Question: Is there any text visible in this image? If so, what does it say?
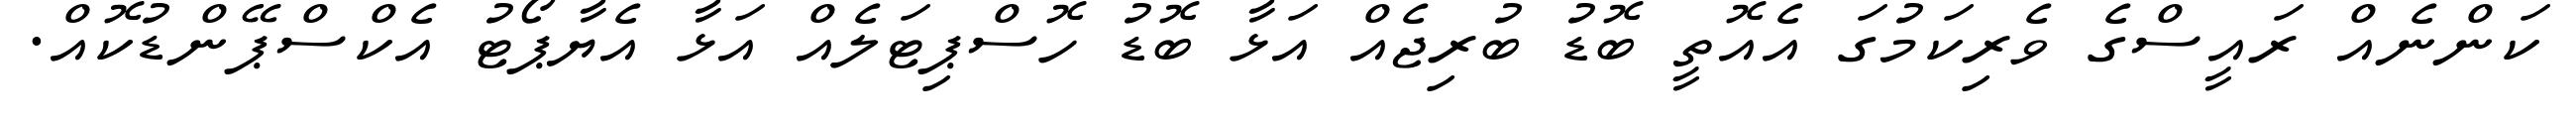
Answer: ކަންނެއް ރައީސްގެ ވެރިކަމުގަ އެއޮތީ ބޮޑު ބުރިޖެއް އަޅާ ބޮޑު ހޮސްޕިޓަލެއް އަޅާ އެޔާޕޯޓު އެކްސްޕޭންޑުކޮއް.